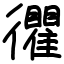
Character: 忂